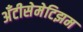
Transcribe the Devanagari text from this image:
अँटीसेमेटिझम